Vaccination North-Western Provinces 1866-1877 - 1866-1877
Year: 1866
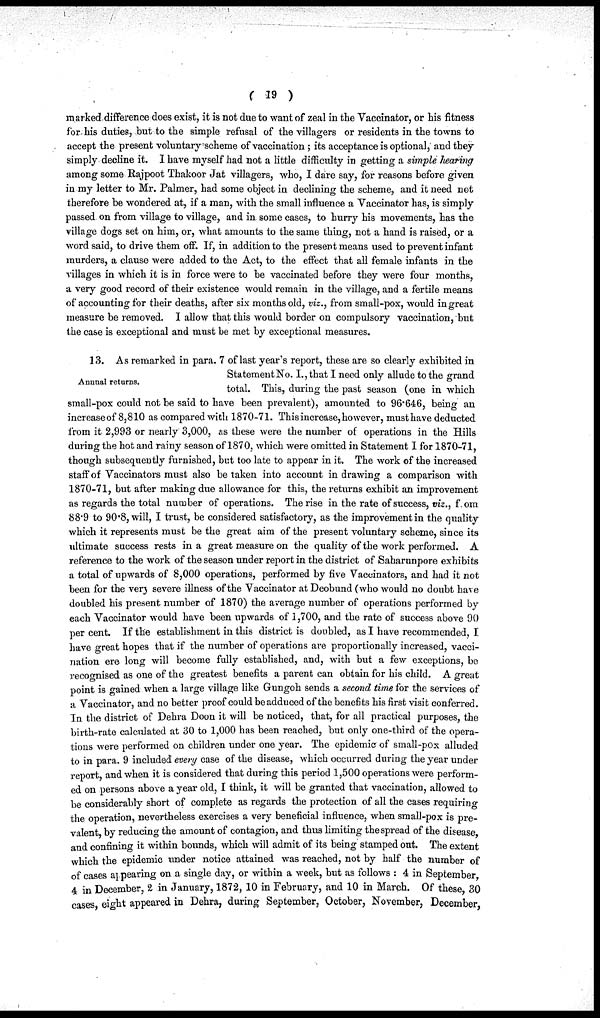
( 19 )
marked difference does exist, it is not due to want of zeal in the Vaccinator, or his fitness
for his duties, but to the simple refusal of the villagers or residents in the towns to
accept the present voluntary scheme of vaccination ; its acceptance is optional, and they
simply decline it. I have myself had not a little difficulty in getting a simple hearing
among some Rajpoot Thakoor Jat villagers, who, I dare say, for reasons before given
in my letter to Mr. Palmer, had some object in declining the scheme, and it need not
therefore be wondered at, if a man, with the small influence a Vaccinator has, is simply
passed on from village to village, and in some cases, to hurry his movements, has the
village dogs set on him, or, what amounts to the same thing, not a hand is raised, or a
word said, to drive them off. If, in addition to the present means used to prevent infant
murders, a clause were added to the Act, to the effect that all female infants in the
villages in which it is in force were to be vaccinated before they were four months,
a very good record of their existence would remain in the village, and a fertile means
of accounting for their deaths, after six months old, viz., from small-pox, would in great
measure be removed. I allow that this would border on compulsory vaccination, but
the case is exceptional and must be met by exceptional measures.
Annual returns.
13. As remarked in para. 7 of last year's report, these are so clearly exhibited in
Statement No. I., that I need only allude to the grand
total. This, during the past season (one in which
small-pox could not be said to have been prevalent), amounted to 96.646, being an
increase of 8,810 as compared with 1870-71. This increase, however, must have deducted
from it 2,993 or nearly 3,000, as these were the number of operations in the Hills
during the hot and rainy season of 1870, which were omitted in Statement I for 1870-71,
though subsequently furnished, but too late to appear in it. The work of the increased
staff of Vaccinators must also be taken into account in drawing a comparison with
1870-71, but after making due allowance for this, the returns exhibit an improvement
as regards the total number of operations. The rise in the rate of success, viz., from
88.9 to 90.8, will, I trust, be considered satisfactory, as the improvement in the quality
which it represents must be the great aim of the present voluntary scheme, since its
ultimate success rests in a great measure on the quality of the work performed. A
reference to the work of the season under report in the district of Saharunpore exhibits
a total of upwards of 8,000 operations, performed by five Vaccinators, and had it not
been for the very severe illness of the Vaccinator at Deobund (who would no doubt have
doubled his present number of 1870) the average number of operations performed by
each Vaccinator would have been upwards of 1,700, and the rate of success above 90
per cent. If the establishment in this district is doubled, as I have recommended, I
have great hopes that if the number of operations are proportionally increased, vacci-
nation ere long will become fully established, and, with but a few exceptions, be
recognised as one of the greatest benefits a parent can obtain for his child. A great
point is gained when a large village like Gungoh sends a second time for the services of
a Vaccinator, and no better proof could be adduced of the benefits his first visit conferred.
In the district of Dehra Doon it will be noticed, that, for all practical purposes, the
birth-rate calculated at 30 to 1,000 has been reached, but only one-third of the opera-
tions were performed on children under one year. The epidemic of small-pox alluded
to in para. 9 included every case of the disease, which occurred during the year under
report, and when it is considered that during this period 1,500 operations were perform-
ed on persons above a year old, I think, it will be granted that vaccination, allowed to
be considerably short of complete as regards the protection of all the cases requiring
the operation, nevertheless exercises a very beneficial influence, when small-pox is pre-
valent, by reducing the amount of contagion, and thus limiting the spread of the disease,
and confining it within bounds, which will admit of its being stamped out. The extent
which the epidemic under notice attained was reached, not by half the number of
of cases appearing on a single day, or within a week, but as follows : 4 in September,
4 in December, 2 in January, 1872, 10 in February, and 10 in March. Of these, 30
cases, eight appeared in Dehra, during September, October, November, December,